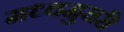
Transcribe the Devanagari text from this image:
मध्वमुरारी